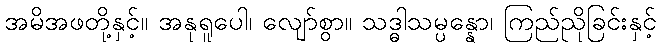
အမိအဖတို့နှင့်။ အနုရူပေါ၊ လျော်စွာ။ သဒ္ဓါသမ္ပန္နော၊ ကြည်ညိုခြင်းနှင့်